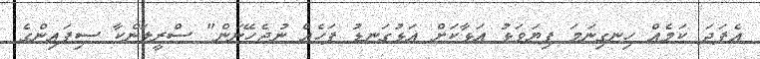
އެފަދަ ކަމެއް ހިނގިނަމަ ފިޔަވަޅު އަޅާކަށް އަޅުގަނޑު ފަހެއް ނުޖެހޭނަން" ސްރީލަންކާ ސިފައިންގެ